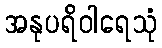
အနုပရိဝါရေသုံ